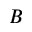
B